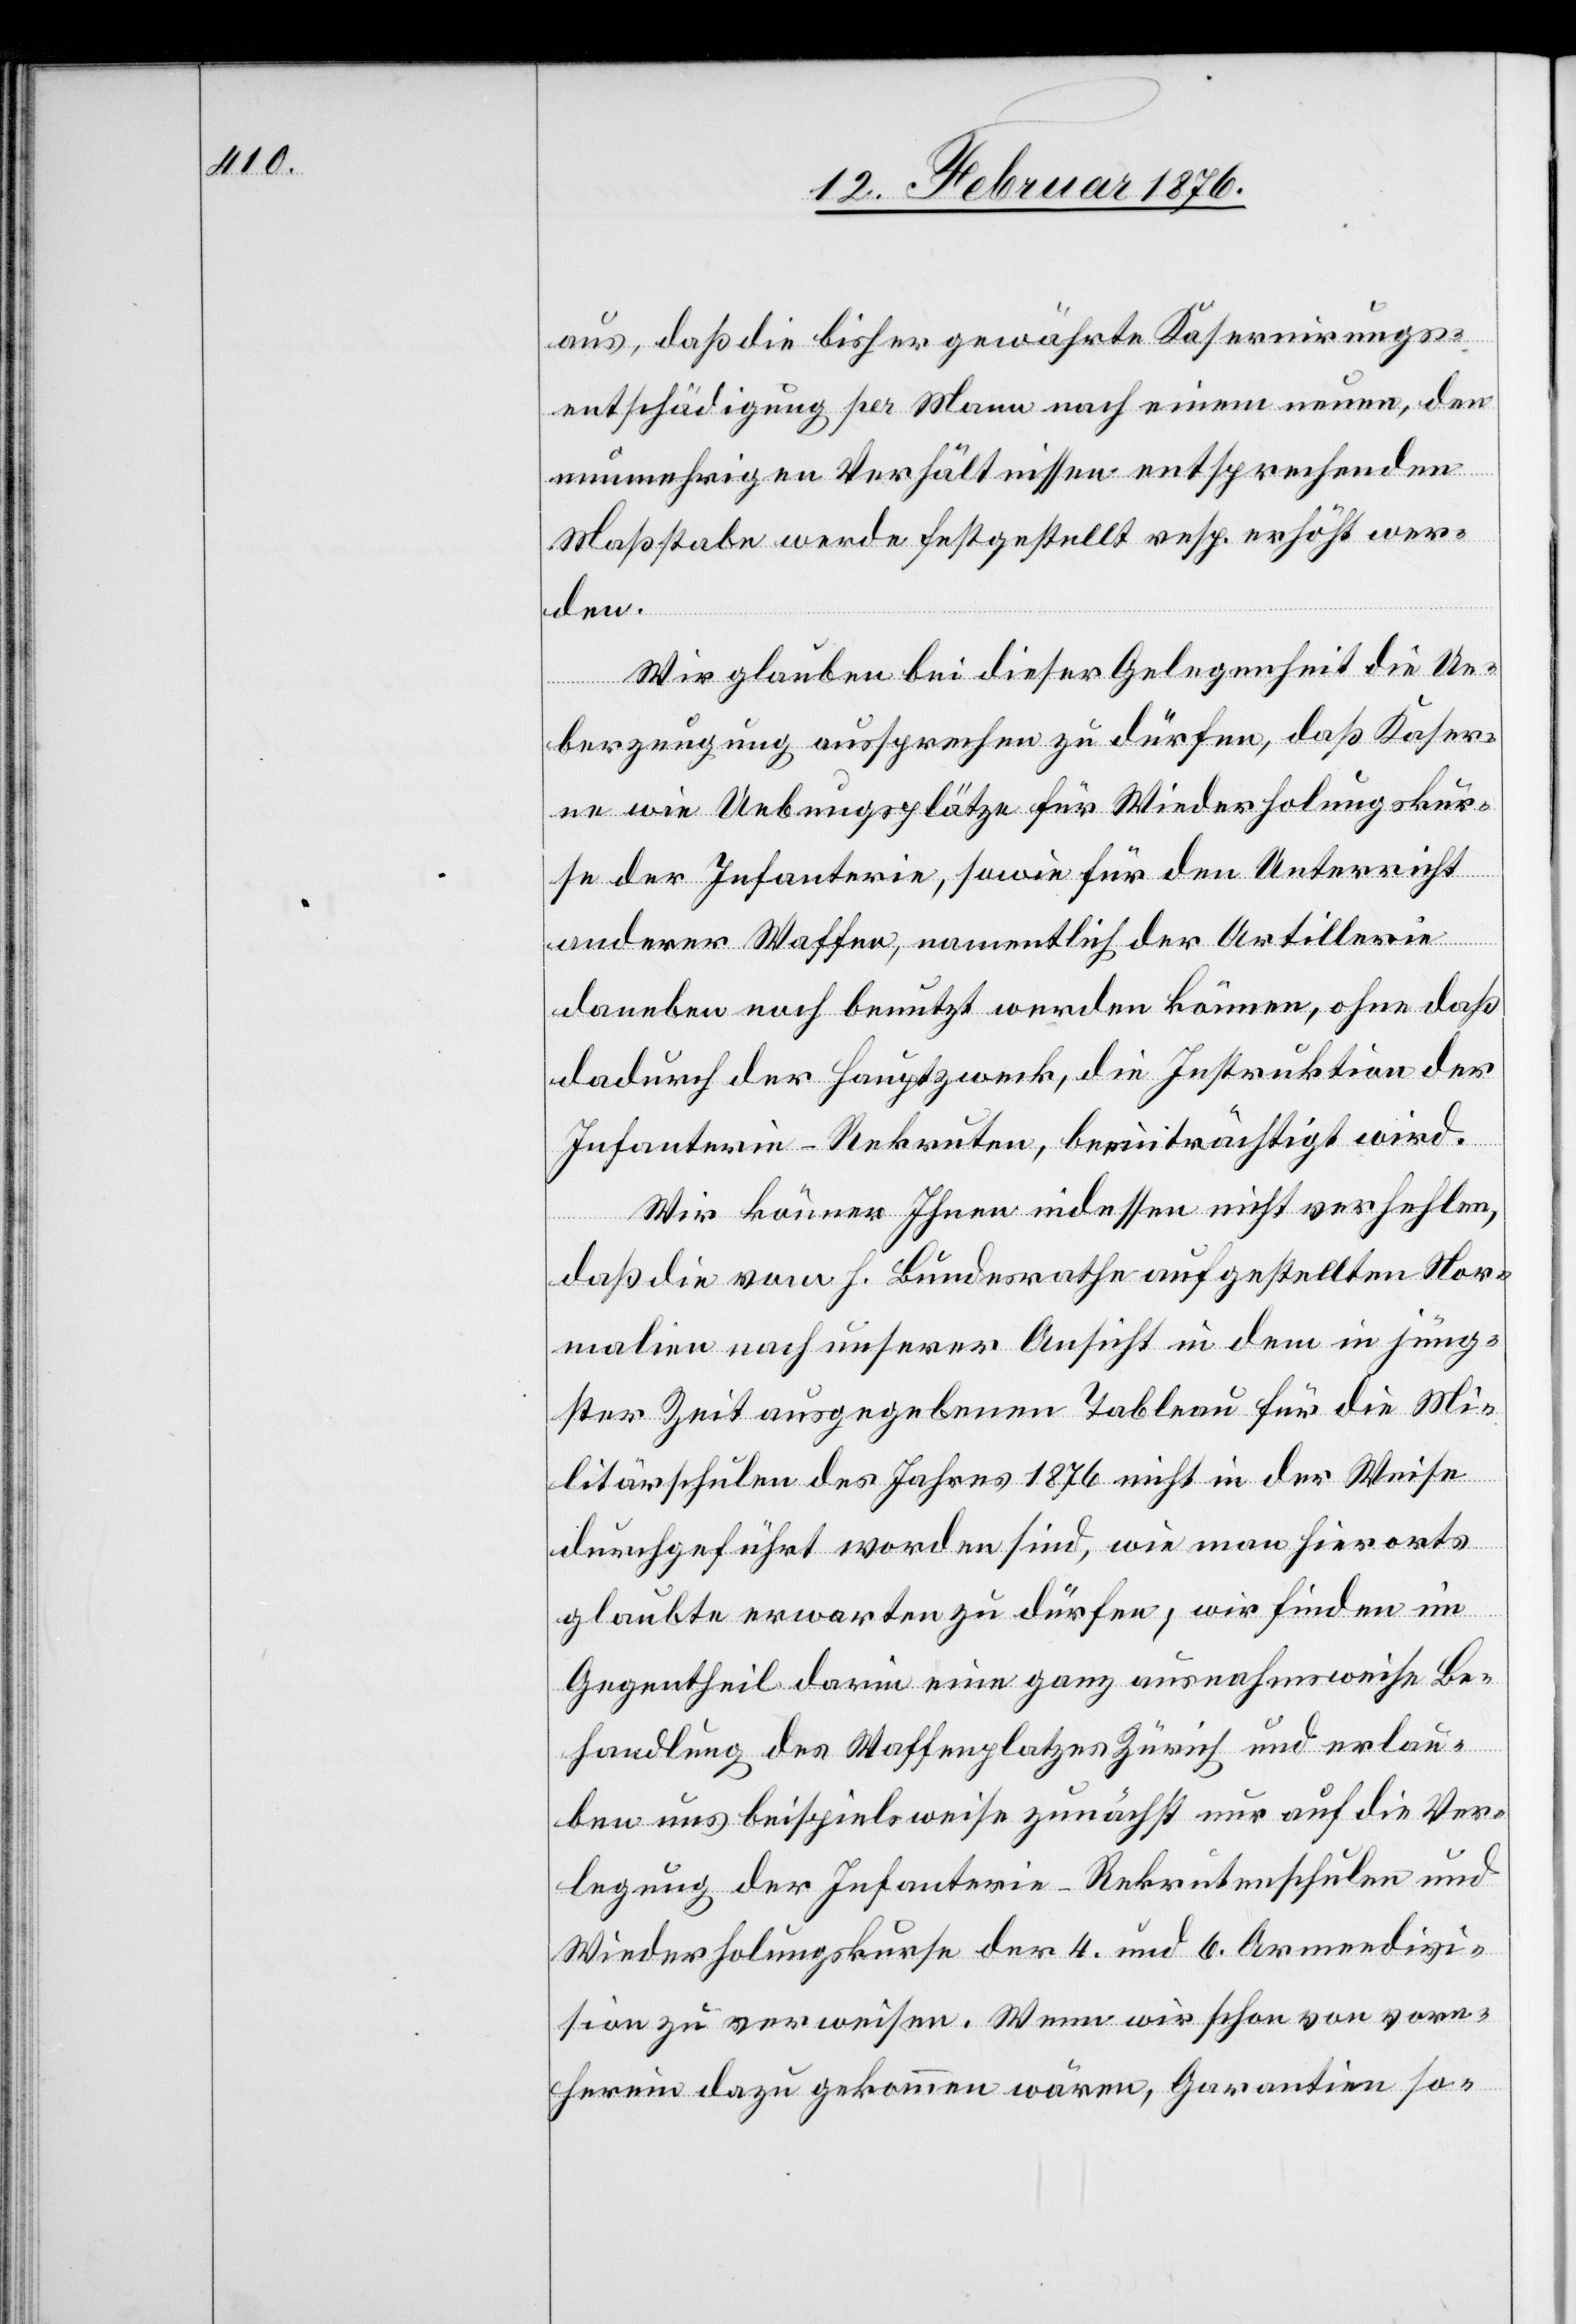
aus, daß die bisher gewährte Kasernirungs¬
entschädigung per Mann nach einem neuen, den
nunmehrigen Verhältnissen entsprechenden
Maßstabe werde festgestellt resp. erhöht wer¬
den.
Wir glauben bei dieser Gelegenheit die Ue¬
berzeugung aussprechen zu dürfen, daß Kaser¬
ne wie Uebungsplätze für Wiederholungskur¬
se der Infanterie, sowie für den Unterricht
anderer Waffen, namentlich der Artillerie
daneben noch benutzt werden können, ohne daß
dadurch der Hauptzweck, die Instruktion der
Infanterie-Rekruten, beeinträchtigt wird.
Wir können Ihnen indessen nicht verhehlen,
daß die von H. Bundesrathe aufgestellten Nor¬
malien nach unserer Ansicht in dem in jüng¬
ster Zeit angegebenen Tableau für die Mi¬
litärschulen des Jahres 1876 nicht in der Weise
dazugeführt worden sind, wie man hierorts
glaubte erwarten zu dürfen; wird finden im
Gegentheil darin eine ganz ausnahmsweise Be¬
handlung des Waffenplatzes Zürich und erlau¬
ben uns beispielsweise zunächst nur auf die Ver¬
legung der Infanterie-Rekrutenschulen und
Wiederholungskurse der 4. und 6. Armeedivi¬
sion zu verweisen. Wenn wir schon von vorn¬
herein dazu gekommen wären, Garantien so-